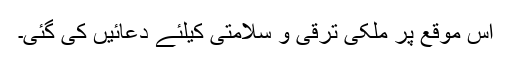
اس موقع پر ملکی ترقی و سلامتی کیلئے دعائیں کی گئی۔